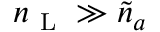
n _ { \mathrm { ~ L ~ } } \gg \tilde { n } _ { a }